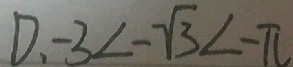
D . - 3 < - \sqrt { 3 } < - \pi